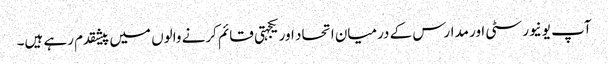
آپ یونیورسٹی اور مدارس کے درمیان اتحاد اور یکجہتی قائم کرنے والوں میں پیشقدم رہے ہیں۔